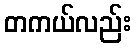
တကယ်လည်း